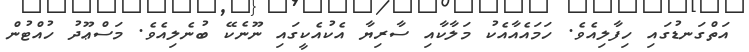
އަތްގަނޑުގައި ހިފާލިއެވެ. ހަމައެއާއެކު މަލާކާއި ސާރިޔާ އެކުއެކީގައި ނޫނެކޭ ބުނެލިއެވެ. މަސްޢޫދު ހުއްޓުން